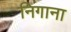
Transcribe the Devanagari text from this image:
निगाना